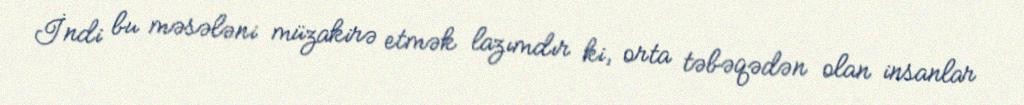
İndi bu məsələni müzakirə etmək lazımdır ki, orta təbəqədən olan insanlar